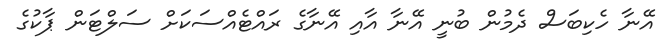
އޭނާ ހެކިބަސް ދެމުން ބުނީ އޭނާ އާއި އޭނާގެ ރައްޓެއްސަކަށް ސަލްޓަން ޕާކުގެ